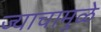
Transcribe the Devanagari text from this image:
ज्याचामुळे